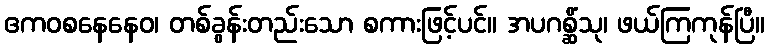
ဧကဝစနေနေဝ၊ တစ်ခွန်းတည်းသော စကားဖြင့်ပင်။ အပဂစ္ဆိံသု၊ ဖယ်ကြကုန်ပြီ။